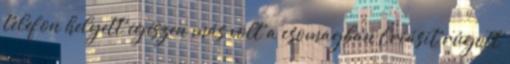
telefon helyett egészen más volt a csomagban Óriásit rúgott